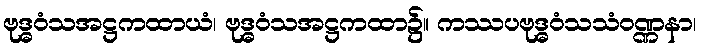
ဗုဒ္ဓဝံသအဋ္ဌကထာယံ၊ ဗုဒ္ဓဝံသအဋ္ဌကထာ၌။ ကဿပဗုဒ္ဓဝံသသံဝဏ္ဏနာ၊